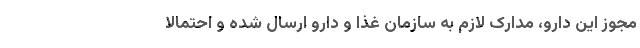
مجوز این دارو، مدارک لازم به سازمان غذا و دارو ارسال شده و احتمالا